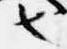
也